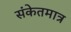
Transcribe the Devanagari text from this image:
संकेतमात्र